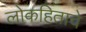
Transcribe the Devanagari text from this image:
लोकहिताचे